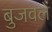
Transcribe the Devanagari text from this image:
बुजवले